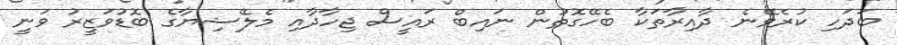
ބަދަހި ކުރެވޭނެ ދާއިރާތަކާ ބެހޭގޮތުން ނައިބް ރައީސް ޖިހާދާއި މެލޭޝިޔާގެ ބޮޑުވަޒީރު ވަނީ